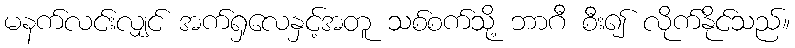
မနက်လင်းလျှင် အက်ရှလေနှင့်အတူ သစ်စက်သို့ ဘာဂီ စီး၍ လိုက်နိုင်သည်။